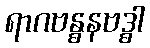
ရာဂဗန္ဓနဗဒ္ဓါ